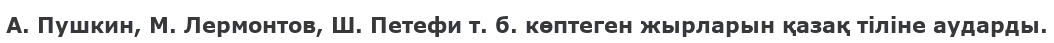
А. Пушкин, М. Лермонтов, Ш. Петефи т. б. көптеген жырларын қазақ тіліне аударды.